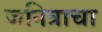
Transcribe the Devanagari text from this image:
जनित्राचा